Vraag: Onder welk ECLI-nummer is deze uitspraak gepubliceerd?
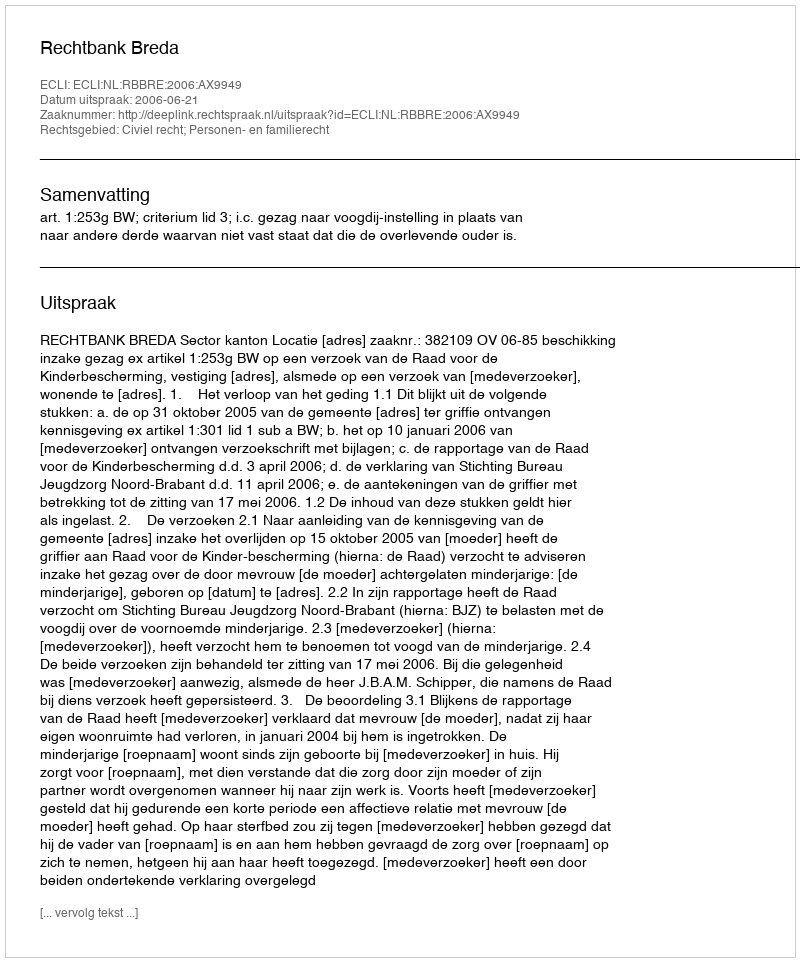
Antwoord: ECLI:NL:RBBRE:2006:AX9949